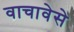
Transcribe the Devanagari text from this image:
वाचावेसे